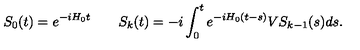
S _ { 0 } ( t ) = e ^ { - i H _ { 0 } t } \qquad S _ { k } ( t ) = - i \int _ { 0 } ^ { t } e ^ { - i H _ { 0 } ( t - s ) } V S _ { k - 1 } ( s ) d s .